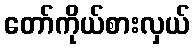
တော်ကိုယ်စားလှယ်